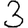
Digit: 3